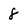
Character: 8